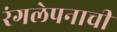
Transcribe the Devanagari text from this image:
रंगलेपनाची